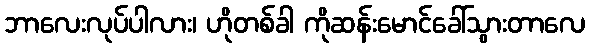
ဘာလေးလုပ်ပါလား၊ ဟိုတစ်ခါ ကိုဆန်းမောင်ခေါ်သွားတာလေ